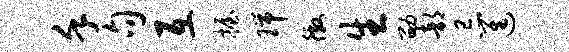
堇句互握瑞徼生劭部忌进